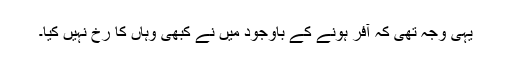
یہی وجہ تھی کہ آفر ہونے کے باوجود میں نے کبھی وہاں کا رخ نہیں کیا۔